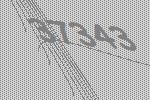
37343